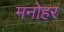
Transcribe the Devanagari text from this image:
मनाेहर